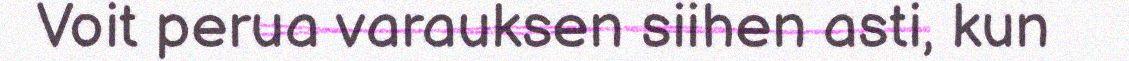
Voit perua varauksen siihen asti, kun